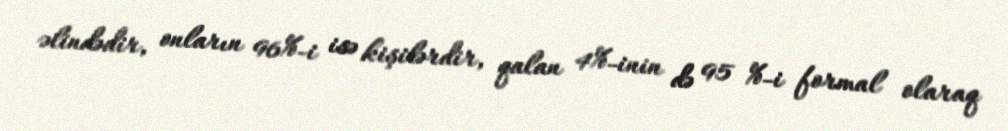
əlindədir, onların 96%-i isə kişilərdir, qalan 4%-inin də 95 %-i formal olaraq